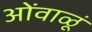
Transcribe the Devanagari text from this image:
ओंवाळूं